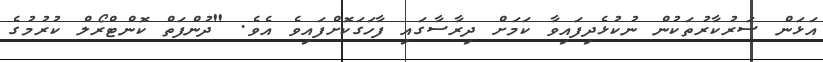
އަޅަން ސަރުކާރުތަކުން ނުކުޅެދިފައިވާ ކަމަށް ދިރާސާގައި ފާހަގަކޮށްފައިވެ އެވެ. "ދުންފަތް ކޮންޓްރޯލް ކުރުމުގެ